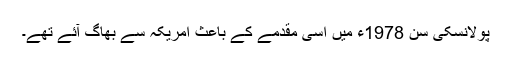
پولانسکی سن 1978ء میں اسی مقدمے کے باعث امریکہ سے بھاگ آئے تھے۔